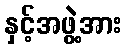
နှင့်အဖွဲ့အား